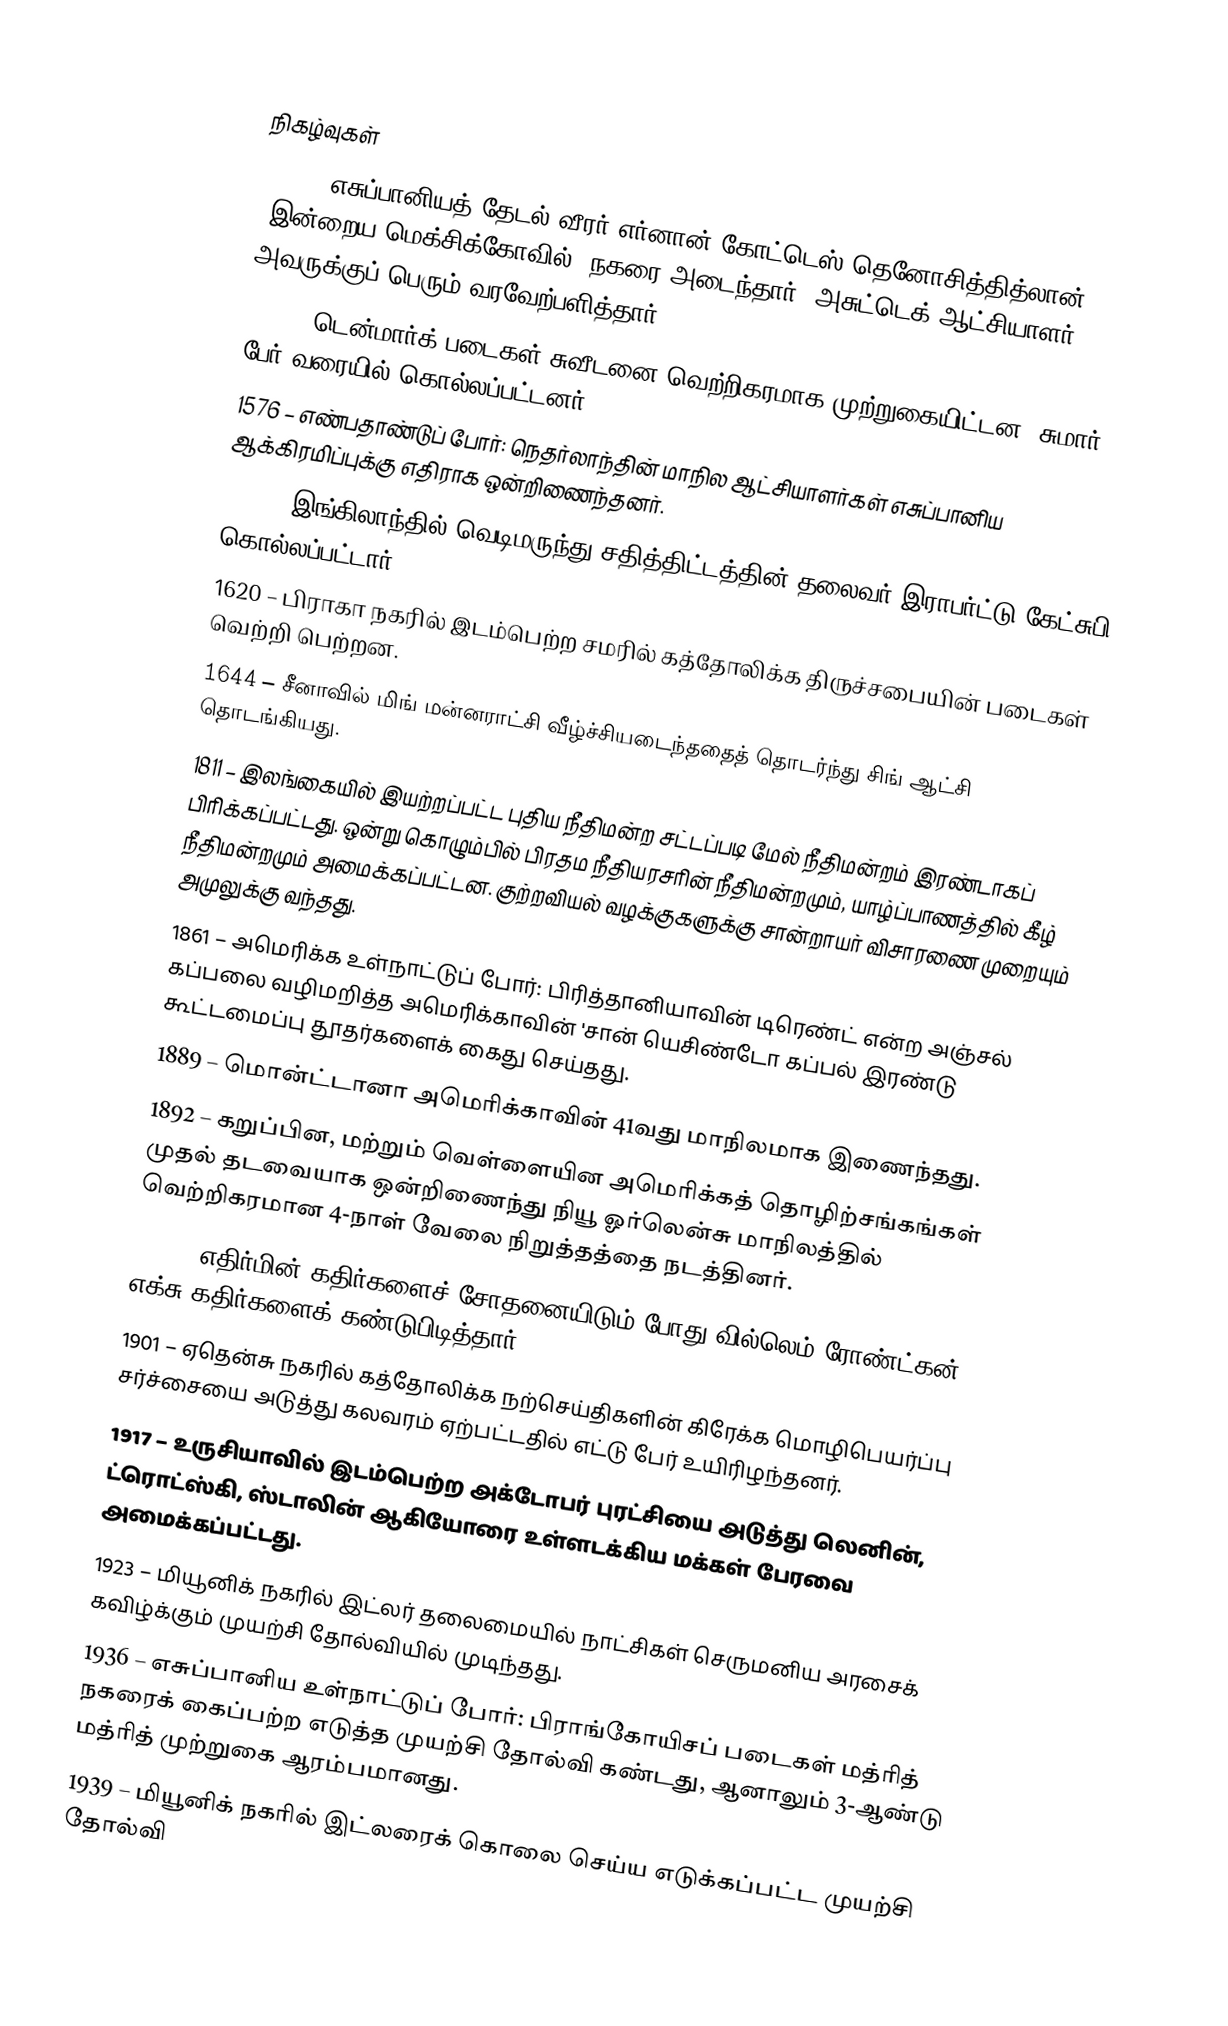

நிகழ்வுகள்
1519 – எசுப்பானியத் தேடல் வீரர் எர்னான் கோட்டெஸ் தெனோசித்தித்லான் (இன்றைய மெக்சிக்கோவில்) நகரை அடைந்தார். அசுட்டெக் ஆட்சியாளர் அவருக்குப் பெரும் வரவேற்பளித்தார்.
1520 – டென்மார்க் படைகள் சுவீடனை வெற்றிகரமாக முற்றுகையிட்டன. சுமார் 100 பேர் வரையில் கொல்லப்பட்டனர்.
1576 – எண்பதாண்டுப் போர்: நெதர்லாந்தின் மாநில ஆட்சியாளர்கள் எசுப்பானிய ஆக்கிரமிப்புக்கு எதிராக ஒன்றிணைந்தனர்.
1605 – இங்கிலாந்தில் வெடிமருந்து சதித்திட்டத்தின் தலைவர் இராபர்ட்டு கேட்சுபி கொல்லப்பட்டார்.
1620 – பிராகா நகரில் இடம்பெற்ற சமரில் கத்தோலிக்க திருச்சபையின் படைகள் வெற்றி பெற்றன.
1644 – சீனாவில் மிங் மன்னராட்சி வீழ்ச்சியடைந்ததைத் தொடர்ந்து சிங் ஆட்சி தொடங்கியது.
1811 – இலங்கையில் இயற்றப்பட்ட புதிய நீதிமன்ற சட்டப்படி மேல் நீதிமன்றம் இரண்டாகப் பிரிக்கப்பட்டது. ஒன்று கொழும்பில் பிரதம நீதியரசரின் நீதிமன்றமும், யாழ்ப்பாணத்தில் கீழ் நீதிமன்றமும் அமைக்கப்பட்டன. குற்றவியல் வழக்குகளுக்கு சான்றாயர் விசாரணை முறையும் அமுலுக்கு வந்தது.
1861 – அமெரிக்க உள்நாட்டுப் போர்: பிரித்தானியாவின் டிரெண்ட் என்ற அஞ்சல் கப்பலை வழிமறித்த அமெரிக்காவின் 'சான் யெசிண்டோ கப்பல் இரண்டு கூட்டமைப்பு தூதர்களைக் கைது செய்தது.
1889 – மொன்ட்டானா அமெரிக்காவின் 41வது மாநிலமாக இணைந்தது.
1892 – கறுப்பின, மற்றும் வெள்ளையின அமெரிக்கத் தொழிற்சங்கங்கள் முதல் தடவையாக ஒன்றிணைந்து நியூ ஓர்லென்சு மாநிலத்தில் வெற்றிகரமான 4-நாள் வேலை நிறுத்தத்தை நடத்தினர்.
1895 – எதிர்மின் கதிர்களைச் சோதனையிடும் போது வில்லெம் ரோண்ட்கன் எக்சு-கதிர்களைக் கண்டுபிடித்தார்.
1901 – ஏதென்சு நகரில் கத்தோலிக்க நற்செய்திகளின் கிரேக்க மொழிபெயர்ப்பு சர்ச்சையை அடுத்து கலவரம் ஏற்பட்டதில் எட்டு பேர் உயிரிழந்தனர்.
1917 – உருசியாவில் இடம்பெற்ற அக்டோபர் புரட்சியை அடுத்து லெனின், ட்ரொட்ஸ்கி, ஸ்டாலின் ஆகியோரை உள்ளடக்கிய மக்கள் பேரவை அமைக்கப்பட்டது.
1923 – மியூனிக் நகரில் இட்லர் தலைமையில் நாட்சிகள் செருமனிய அரசைக் கவிழ்க்கும் முயற்சி தோல்வியில் முடிந்தது.
1936 – எசுப்பானிய உள்நாட்டுப் போர்: பிராங்கோயிசப் படைகள் மத்ரித் நகரைக் கைப்பற்ற எடுத்த முயற்சி தோல்வி கண்டது, ஆனாலும் 3-ஆண்டு மத்ரித் முற்றுகை ஆரம்பமானது.
1939 – மியூனிக் நகரில் இட்லரைக் கொலை செய்ய எடுக்கப்பட்ட முயற்சி தோல்வி